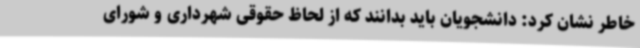
خاطر نشان کرد: دانشجویان باید بدانند که از لحاظ حقوقی شهرداری و شورای